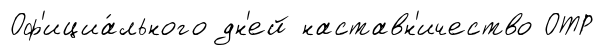
Оф'ициа́льного дн'ей наставн'ичество ОТР